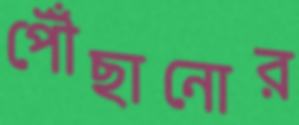
পৌঁছানোর